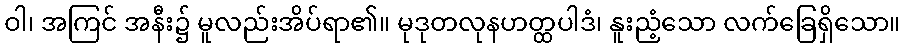
ဝါ၊ အကြင် အနီး၌ မူလည်းအိပ်ရာ၏။ မုဒုတလုနဟတ္ထပါဒံ၊ နူးညံ့သော လက်ခြေရှိသော။